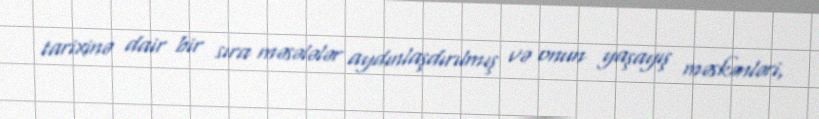
tarixinə dair bir sıra məsələlər aydınlaşdırılmış və onun yaşayış məskənləri,